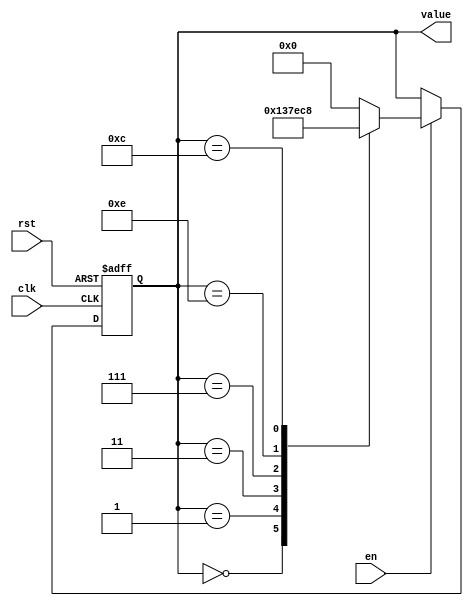
module johnson_counter (
    input clk,
    input rst,
    input en,
    output reg [3:0] value
);

reg [3:0] next_value;

always @(posedge clk or posedge rst) begin
    if (rst) begin
        value <= 4'b0000;
    end else begin
        if (en) begin
            value <= next_value;
        end
    end
end

always @(*) begin
    case(value)
        4'b0000: next_value = 4'b0001;
        4'b0001: next_value = 4'b0011;
        4'b0011: next_value = 4'b0111;
        4'b0111: next_value = 4'b1110;
        4'b1110: next_value = 4'b1100;
        4'b1100: next_value = 4'b1000;
        4'b1000: next_value = 4'b0000;
        default: next_value = 4'b0000;
    endcase
end

endmodule